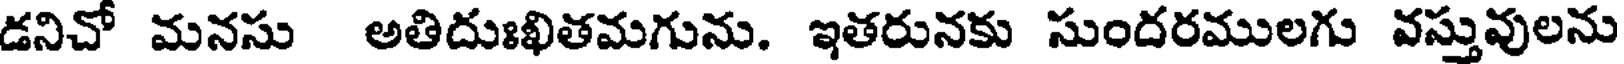
డనిచో మనసు అతిదుఃఖితమగును. ఇతరునకు సుందరములగు వస్తువులను